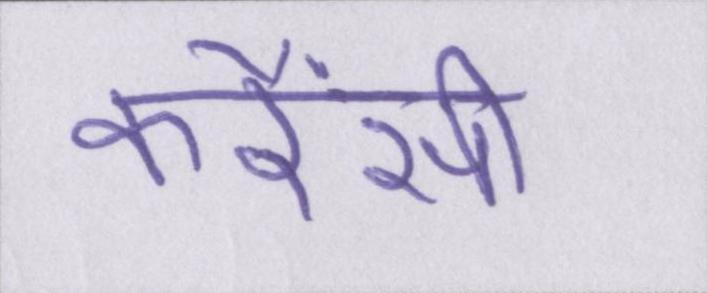
करैंसी